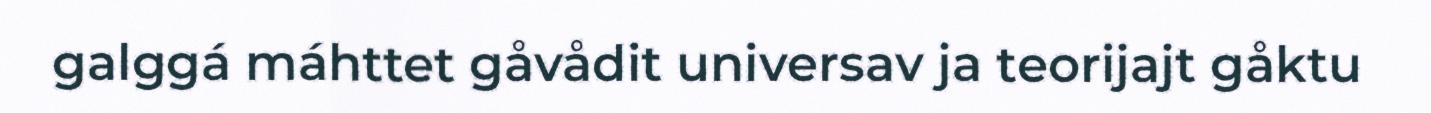
galggá máhttet gåvådit universav ja teorijajt gåktu